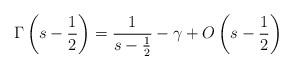
LaTeX: \begin{align*}\Gamma\left(s-\frac{1}{2}\right)=\frac{1}{s-\frac{1}{2}}-\gamma+O\left(s-\frac{1}{2}\right)\end{align*}